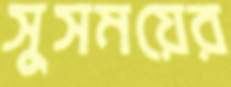
সুসময়ের